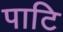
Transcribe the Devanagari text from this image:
पाटि